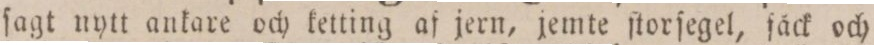
ſagt nytt ankare och ketting af jern, jemte ſtorſegel, fåck och